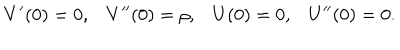
V ^ { \prime } ( 0 ) = 0 , V ^ { \prime \prime } ( 0 ) = \rho , U ( 0 ) = 0 , U ^ { \prime \prime } ( 0 ) = 0 .